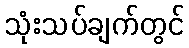
သုံးသပ်ချက်တွင်